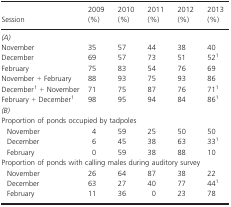
<table><thead><tr><td><b>Session</b></td><td><b>2009 (%)</b></td><td><b>2010 (%)</b></td><td><b>2011 (%)</b></td><td><b>2012 (%)</b></td><td><b>2013 (%)</b></td></tr></thead><tbody><tr><td colspan="6"><i>(A)</i></td></tr><tr><td>November</td><td>35</td><td>57</td><td>44</td><td>38</td><td>40</td></tr><tr><td>December</td><td>69</td><td>57</td><td>73</td><td>51</td><td>521</td></tr><tr><td>February</td><td>75</td><td>83</td><td>54</td><td>76</td><td>69</td></tr><tr><td>November + February</td><td>88</td><td>93</td><td>75</td><td>93</td><td>86</td></tr><tr><td>December1 + November</td><td>71</td><td>75</td><td>87</td><td>76</td><td>711</td></tr><tr><td>February + December1</td><td>98</td><td>95</td><td>94</td><td>84</td><td>861</td></tr><tr><td colspan="6"><i>(B)</i></td></tr><tr><td colspan="6">Proportion of ponds occupied by tadpoles</td></tr><tr><td>November</td><td>4</td><td>59</td><td>25</td><td>50</td><td>50</td></tr><tr><td>December</td><td>6</td><td>45</td><td>38</td><td>63</td><td>331</td></tr><tr><td>February</td><td>0</td><td>59</td><td>38</td><td>88</td><td>10</td></tr><tr><td colspan="6">Proportion of ponds with calling males during auditory survey</td></tr><tr><td>November</td><td>26</td><td>64</td><td>87</td><td>38</td><td>22</td></tr><tr><td>December</td><td>63</td><td>27</td><td>40</td><td>77</td><td>441</td></tr><tr><td>February</td><td>11</td><td>36</td><td>0</td><td>23</td><td>78</td></tr></tbody></table>